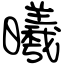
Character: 曦